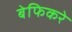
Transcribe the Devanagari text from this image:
बेफिकरे